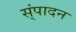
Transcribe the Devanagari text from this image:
स्ंपादन